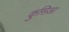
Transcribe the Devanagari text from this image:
कुसिआ